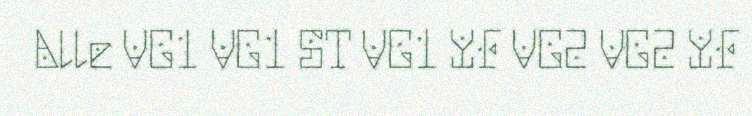
Alle VG1 VG1 ST VG1 YF VG2 VG2 YF